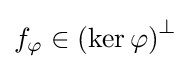
f_{\varphi }\in \left(\ker \varphi \right)^{\bot }